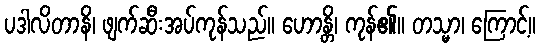
ပဒါလိတာနိ၊ ဖျက်ဆီးအပ်ကုန်သည်။ ဟောန္တိ၊ ကုန်၏။ တသ္မာ၊ ကြောင့်။